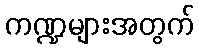
ကဏ္ဍများအတွက်